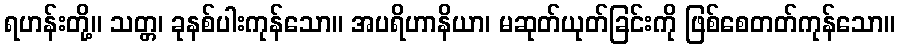
ရဟန်းတို့။ သတ္တ၊ ခုနစ်ပါးကုန်သော။ အပရိဟာနိယာ၊ မဆုတ်ယုတ်ခြင်းကို ဖြစ်စေတတ်ကုန်သော။